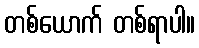
တစ်ယောက် တစ်ရာပါ။